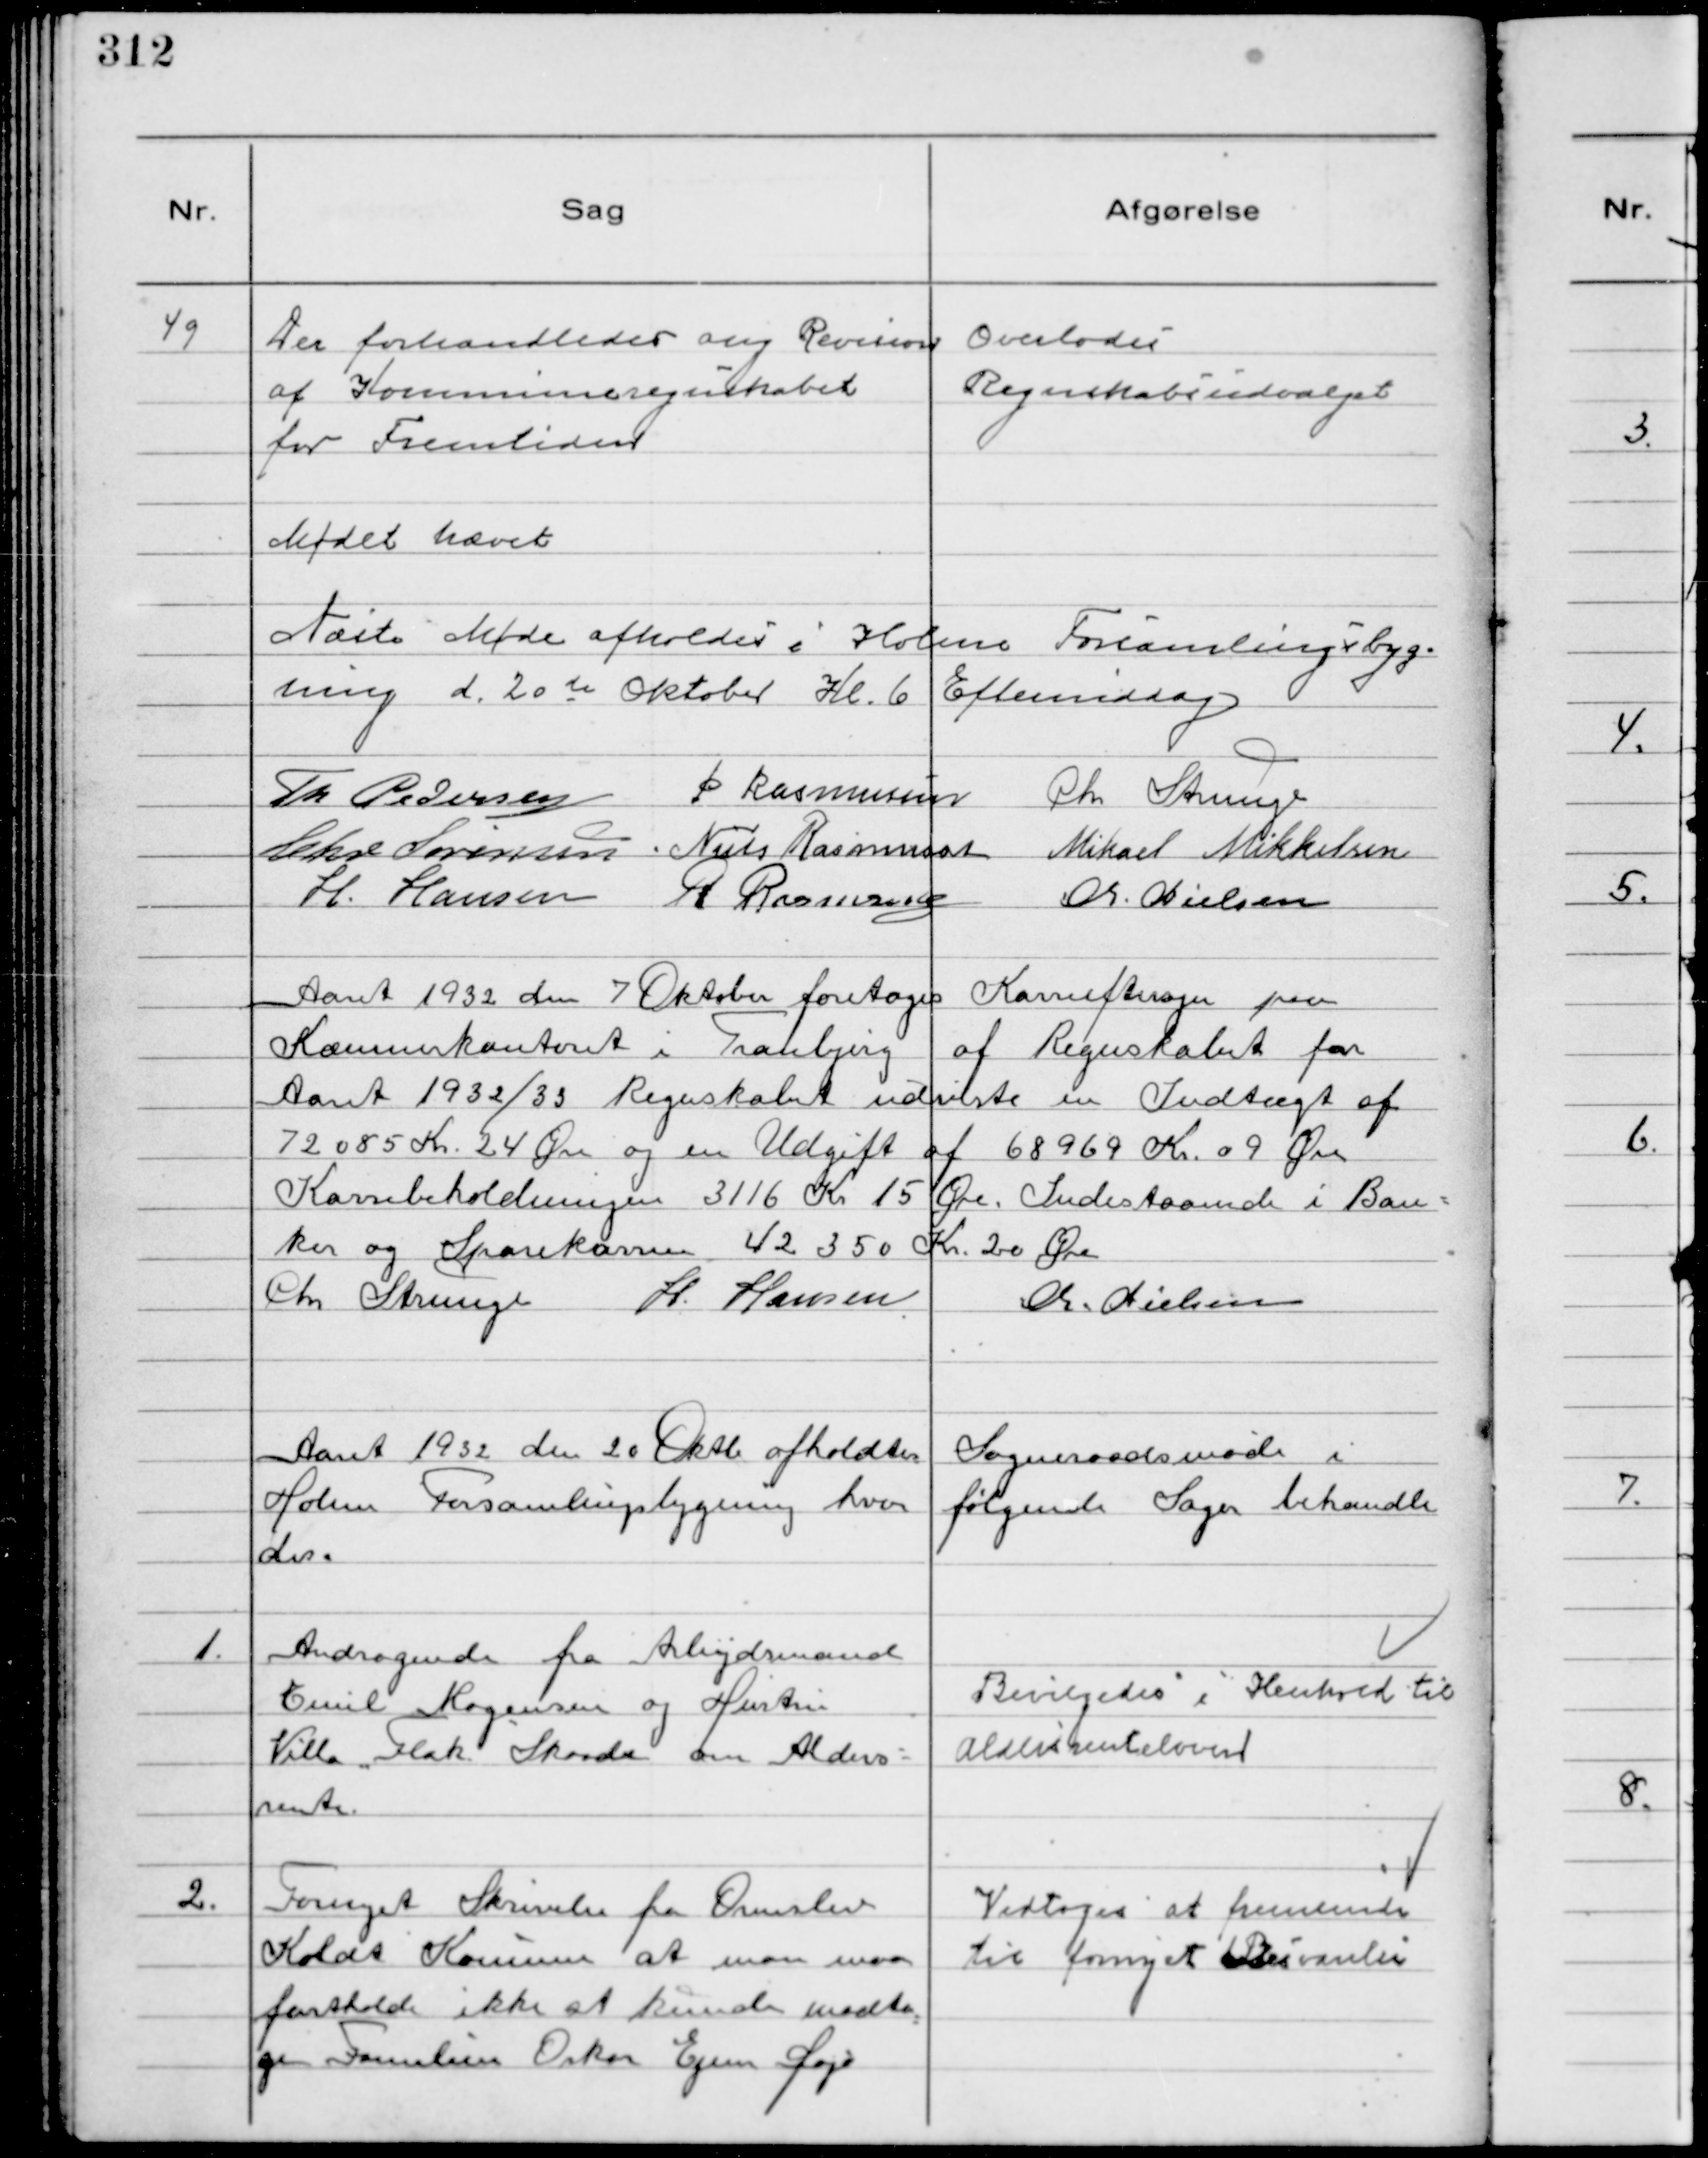
Transskription:
49
Der forhandledes ang Revision
af Kommuneregnskabet
for Fremtiden

Overlodes
Regnskabsudvalget

Mødet hævet
Næste Møde afholdes i Holme Forsamlingsbyg-
ning d. 20 de Oktober Kl. 6 Eftemiddag
Th Pedersen P Rasmussen Chr Strunge
Chr Sørensen Niels Rasmussen Mikael Mikkelsen
H. Hansen R Rasmussen Chr. Nielsen

Aaret 1932 den 7 Oktober foretoges Kasseeftersyn paa
Kæmnerkontoret i Tranbjerg af Regnskabet for
Aaret 1932/33 Regnskabet udviste en Indtægt af
72085 Kr. 24 Øre og en Udgift af 68969 Kr. 09 Øre.
Kassebeholdningen 3116 Kr. 15 Øre. Indestaaende i Ban-
ken og Sparekassen 42350 Kr. 20 Øre.
Chr Strunge H. Hansen Chr. Nielsen

Aaret 1932 den 20 Oktb afholdtes Sogneraadsmøde i
Holme Forsamlingsbygning hvor følgende Sager behandle
des.

1.
Andragende fra Arbejdsmand
Emil Mogensen og Hustru
Villa "Flak" Skaade om Alders-
rente.

Bevilgedes i Henhold til
Aldersrenteloven

2.
Fornyet Skrivelse fra Ormslev
Koldt Kommune at man maa
fastholde ikke at kunde modta
ge Familien Oskar Ejner Doje

Vedtoges at fremsende
til fornyet Besvarelse